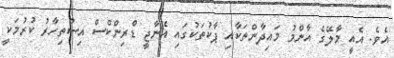
އެވެ. އެއީ މާލޭގެ އާންމު މައިދާންތަކާއި ޕާކުތަކުގައި އެނާޖީ ޑްރިންކްސް އިސްތިހާރު ކުރުމަކީ